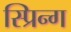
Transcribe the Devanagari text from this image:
स्प्रिन्ग